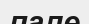
пале